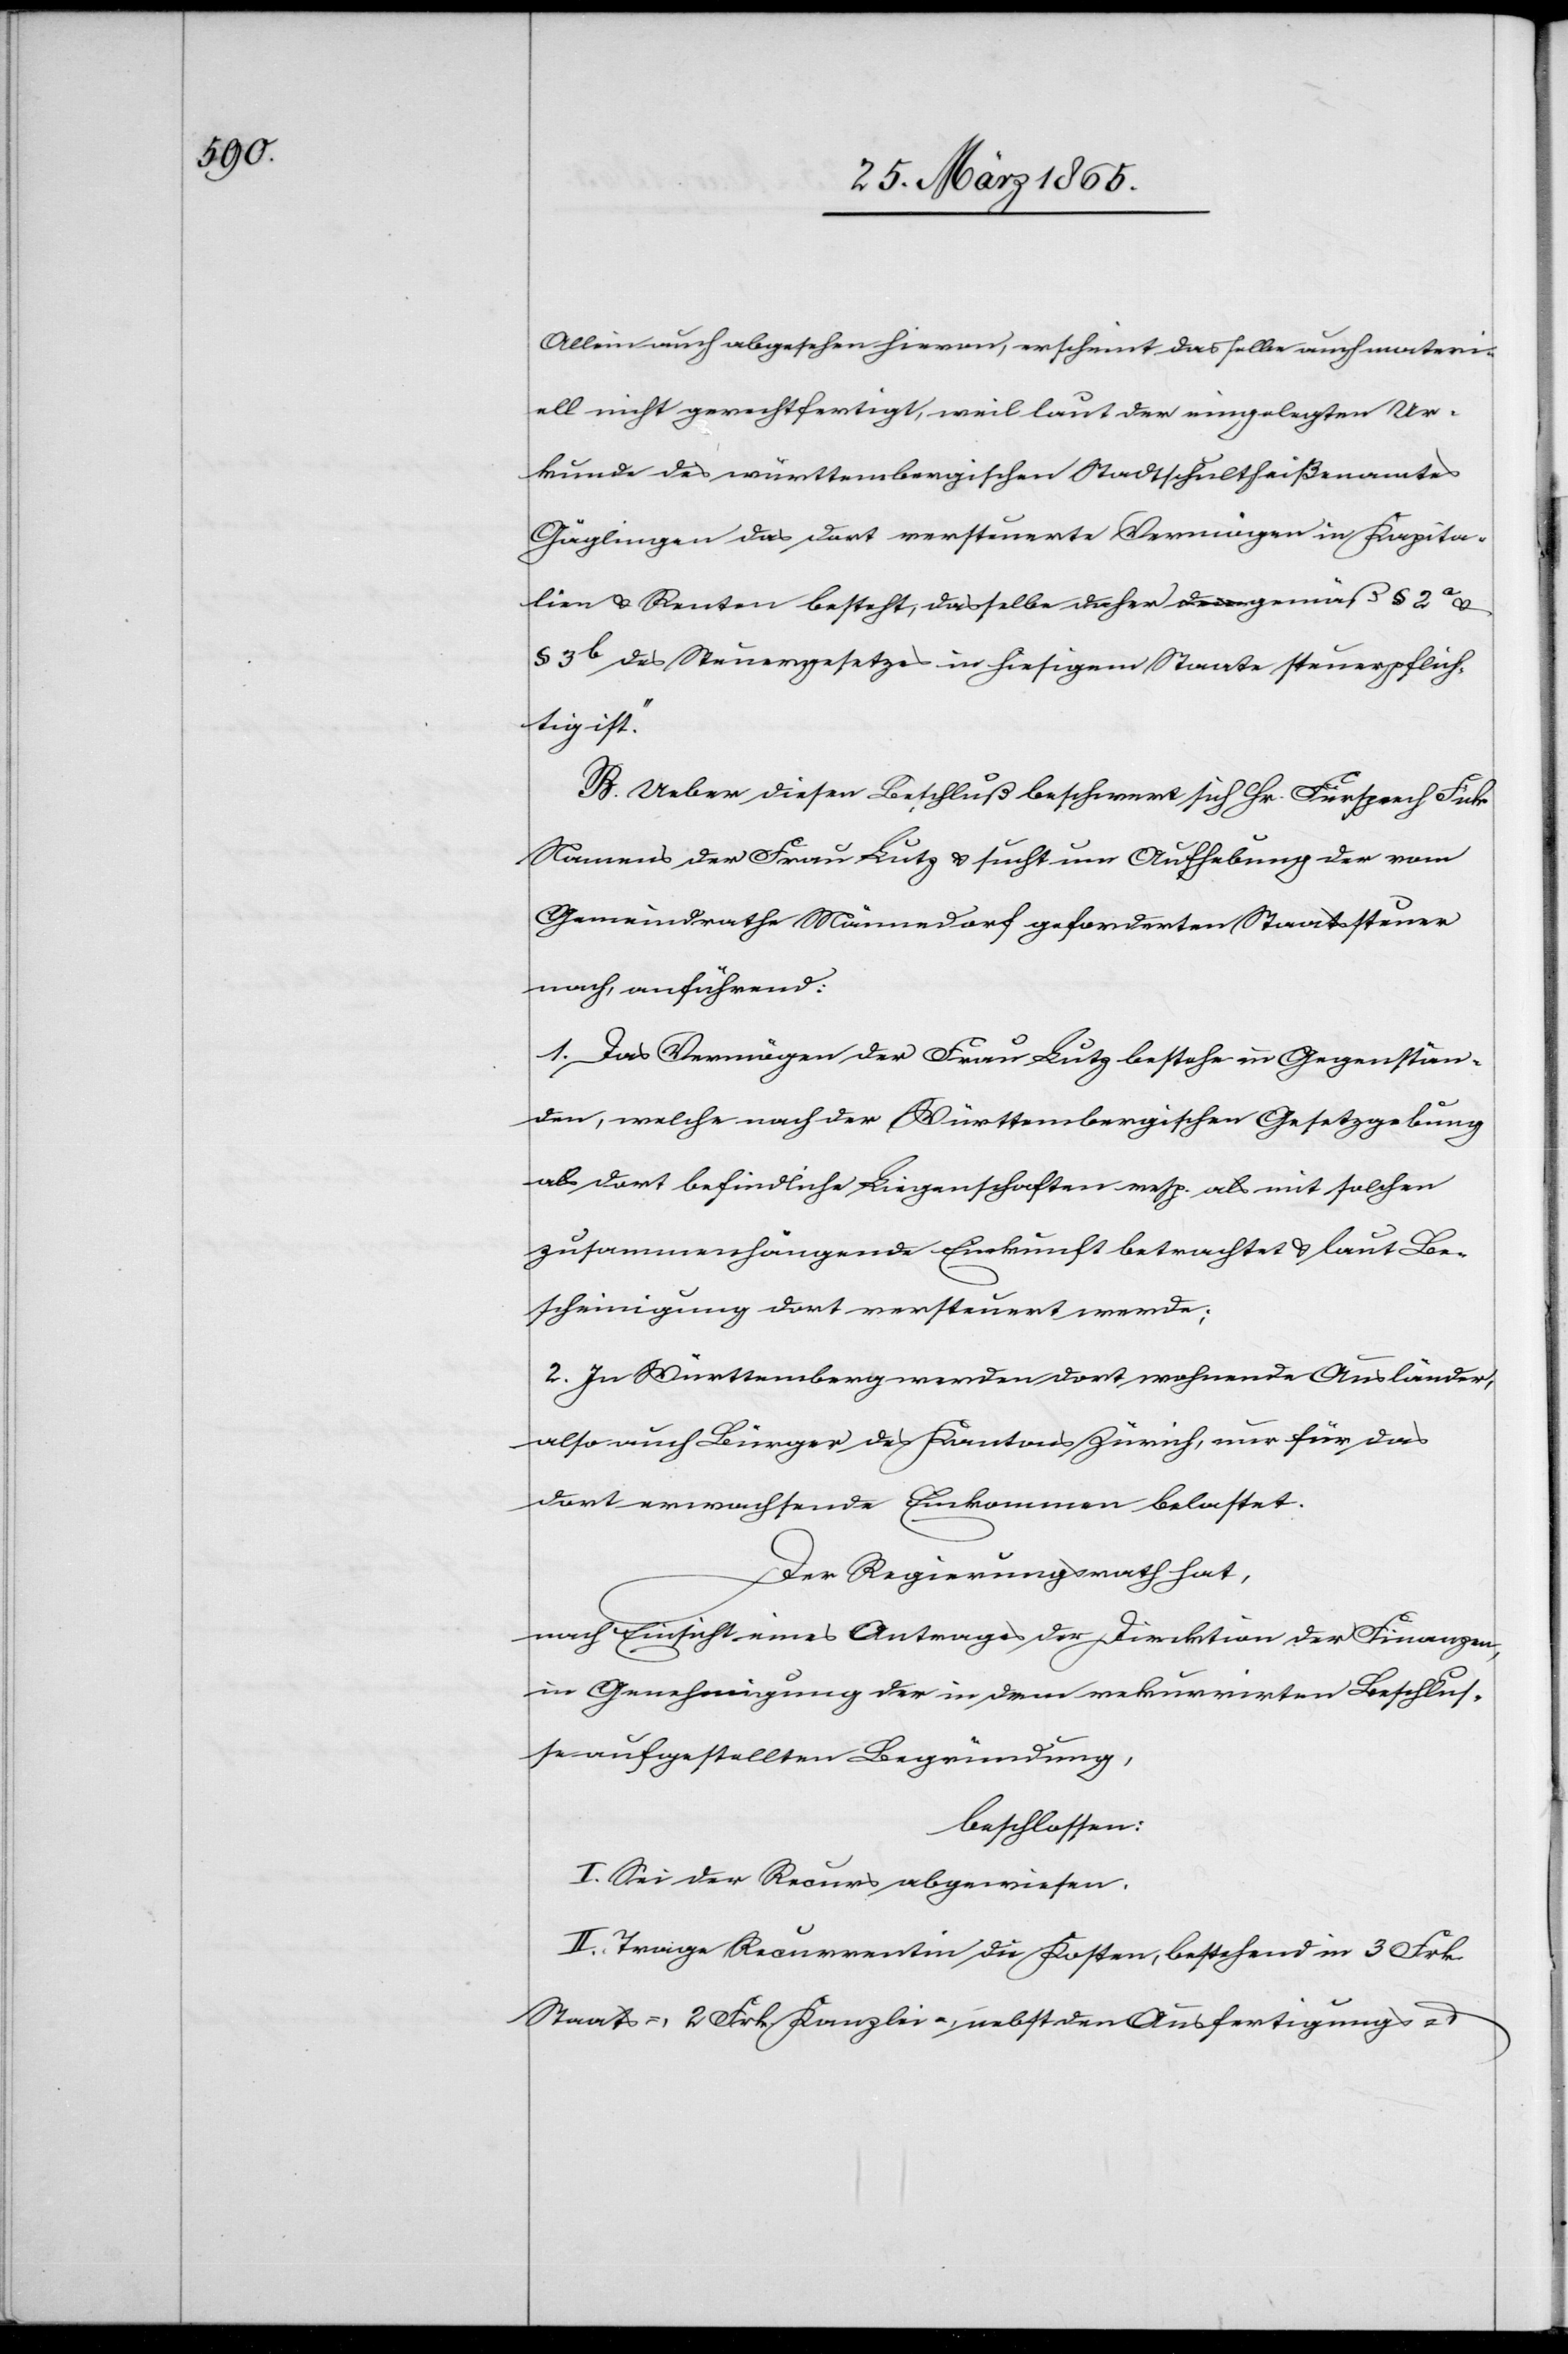
Allein auch abgesehen hievon, erscheint dasselbe auch materi¬
ell nicht gerechtfertigt, weil laut der eingelegten Ur¬
kunde des württembergischen Stadtschultheißenamtes
Gäglingen das dort versteuerte Vermögen in Kapita¬
lien & Renten besteht, dasselbe daher gemäß § 2a &
§ 3b des Steuergesetzes in hiesigem Staate steuerpflich¬
tig ist.“
B. Ueber diesen Beschluß beschwert sich Hr. Fürsprech Fick
Namens der Frau Lutz & sucht um Aufhebung der vom
Gemeindrathe Männedorf geforderten Staatssteuer
nach, anführend:
1. Das Vermögen der Frau Lutz bestehe in Gegenstän¬
den, welche nach der Württembergischen Gesetzgebung
als dort befindliche Liegenschaften resp. als mit solchen
zusammenhängende Einkunft betrachtet & laut Be¬
scheinigung dort versteuert werde;
2. In Württemberg werden dort wohnende Ausländer,
also auch Bürger des Kantons Zürich, nur für das
dort erwachsende Einkommen belastet.
Der Regierungsrath hat,
nach Einsicht eines Antrages der Direktion der Finanzen,
in Genehmigung der dem rekurrirten Beschlus¬
se aufgestellten Begründung,
beschlossen:
I. Sei der Recurs abgewiesen.
II. Trage Recurrentin die Kosten, bestehend in 3 Frk.
Staats-, 2 Frk. Kanzlei-, nebst den Ausfertigungs-